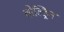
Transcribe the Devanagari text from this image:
बोल्ड्रिन